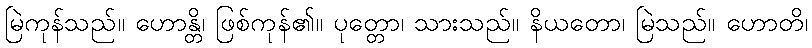
မြဲကုန်သည်။ ဟောန္တိ၊ ဖြစ်ကုန်၏။ ပုတ္တော၊ သားသည်။ နိယတော၊ မြဲသည်။ ဟောတိ၊